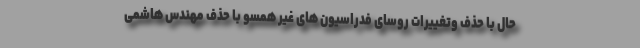
حال با حذف وتغییرات روسای فدراسیون های غیر همسو با حذف مهندس هاشمی